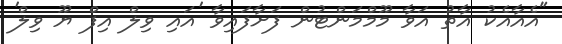
"އެއާއެކު އާތު އަވާ މޫމްމަންޓުން ފަށާފައިވާ 'އައި ވިލް އިފް ޔޫ ވިލް'